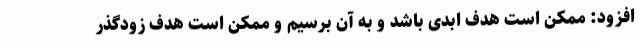
افزود: ممکن است هدف ابدی باشد و به آن برسیم و ممکن است هدف زودگذر